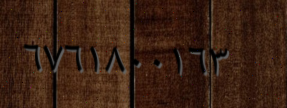
٦٧٦١٨٠٠١٦٣